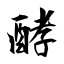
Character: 酵